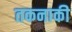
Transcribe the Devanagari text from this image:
तकनाकी